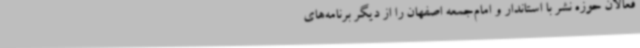
فعالان حوزه نشر با استاندار و امام‌جمعه اصفهان را از دیگر برنامه‌های